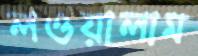
লওয়ালাম